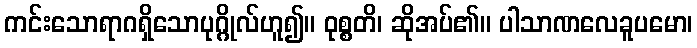
ကင်းသောရာဂရှိသောပုဂ္ဂိုလ်ဟူ၍။ ဝုစ္စတိ၊ ဆိုအပ်၏။ ပါသာဏလေခူပမော၊